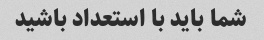
شما باید با استعداد باشید